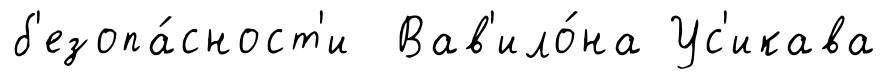
б'езопа́сност'и Вав'ило́на Ус'икава